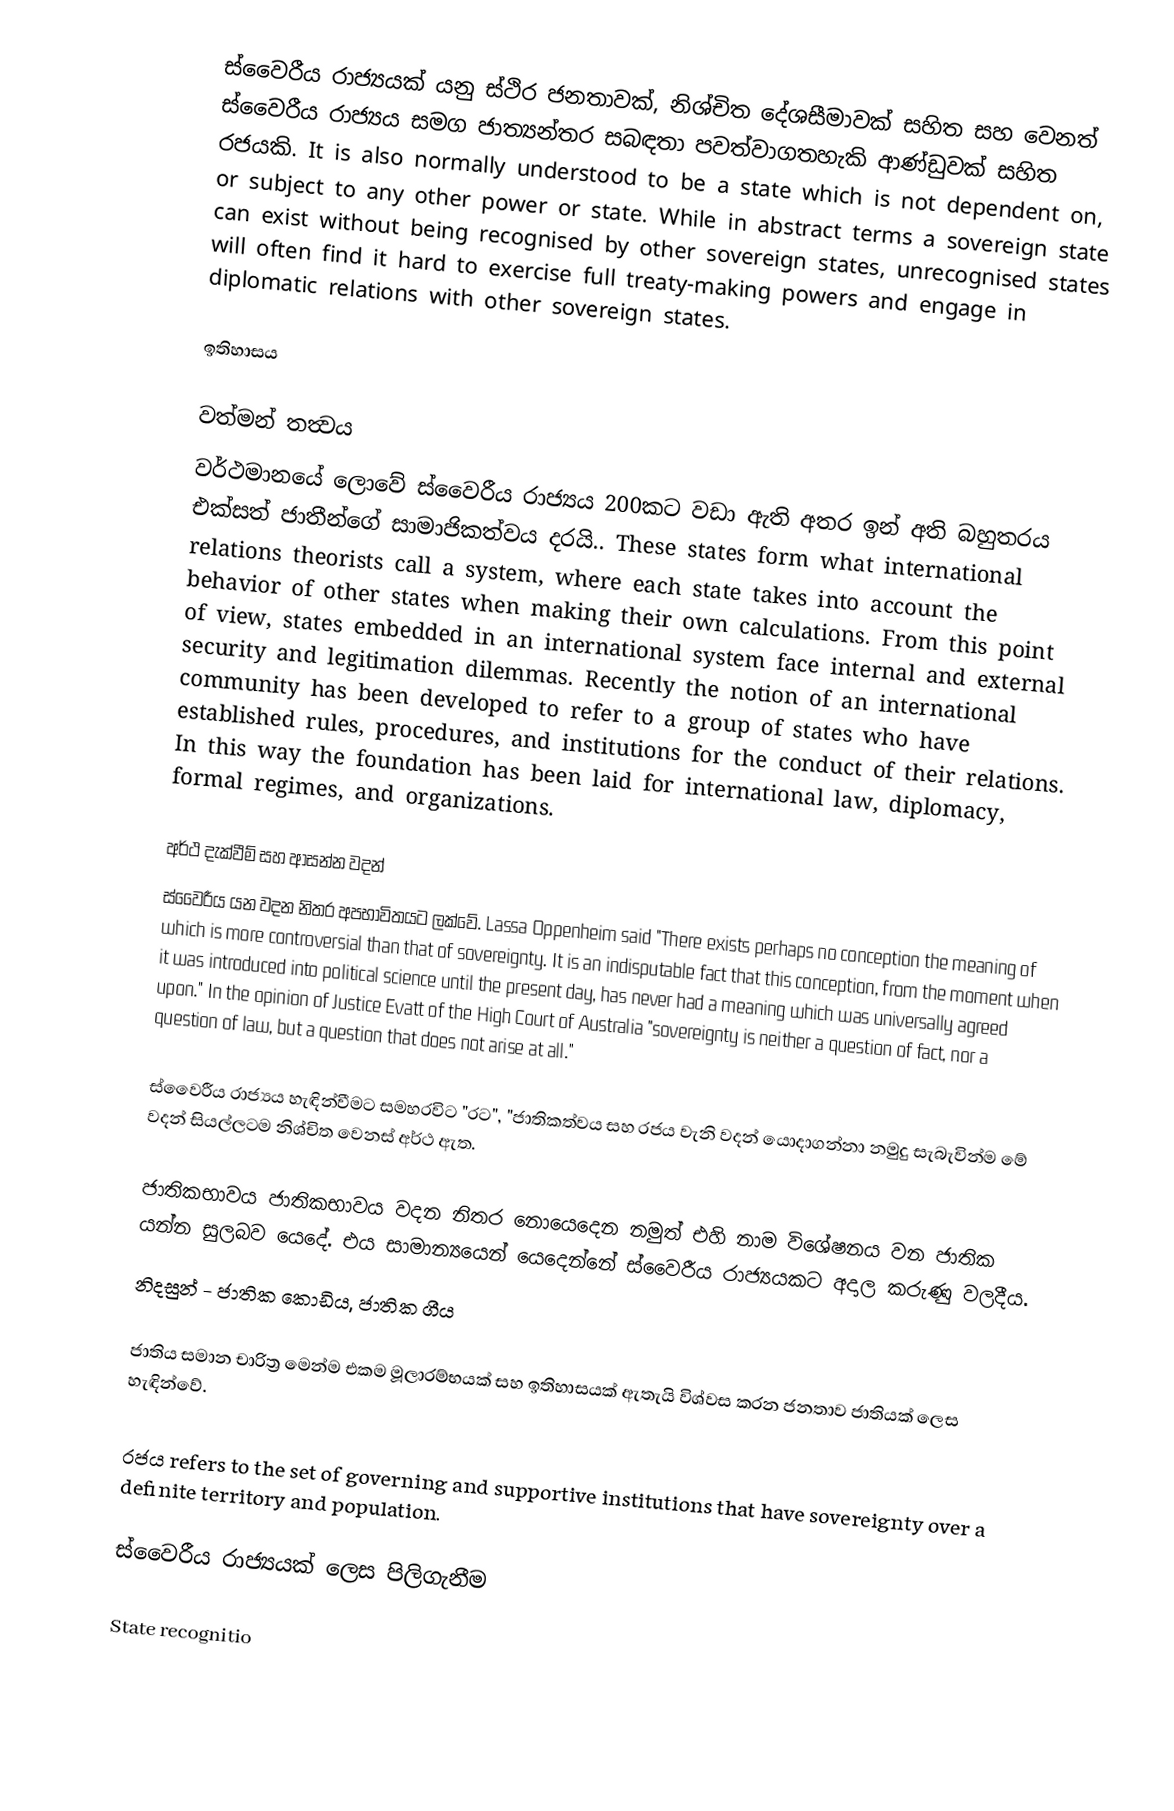
ස්වෛරීය රාජ්‍යයක් යනු ස්ථිර ජනතාවක්, නිශ්චිත ‍දේශසීමාවක් සහිත සහ වෙනත් ස්වෛරීය රාජ්‍යය සමග ජාත්‍යන්තර සබඳතා පවත්වාගතහැකි ආණ්ඩුවක් සහිත රජයකි.  It is also normally understood to be a state which is not dependent on, or subject to any other power or state. While in abstract terms a sovereign state can exist without being recognised by other sovereign states, unrecognised states will often find it hard to exercise full treaty-making powers and engage in diplomatic relations with other sovereign states.

ඉතිහාසය

වත්මන් තත්‍වය
වර්ථමානයේ ලොවේ ස්වෛරීය රාජ්‍යය 200කට වඩා ඇති අතර ඉන් අති බහුතරය එක්සත් ජාතීන්ගේ සාමාජිකත්වය දරයි.. These states form what international relations theorists call a system, where each state takes into account the behavior of other states when making their own calculations. From this point of view, states embedded in an international system face internal and external security and legitimation dilemmas. Recently the notion of an international community has been developed to refer to a group of states who have established rules, procedures, and institutions for the conduct of their relations. In this way the foundation has been laid for international law, diplomacy, formal regimes, and organizations.

අර්ථ දැක්වීම් සහ ආසන්න වදන්
ස්වෛරීය යන වදන නිතර අපභාවිතයට ලක්වේ. Lassa Oppenheim said "There exists perhaps no conception the meaning of which is more controversial than that of sovereignty. It is an indisputable fact that this conception, from the moment when it was introduced into political science until the present day, has never had a meaning which was universally agreed upon." In the opinion of Justice Evatt of the High Court of Australia "sovereignty is neither a question of fact, nor a question of law, but a question that does not arise at all."

ස්වෛරීය රාජ්‍යය හැඳින්වීමට සමහරවි‍ට "රට", "ජාතිකත්වය සහ රජය වැනි වදන් යොදාගන්නා නමුදු සැබැවින්ම මේ වදන් සියල්ලටම නිශ්චිත වෙනස් අර්ථ ඇත.

 ජාතිකභාවය ජාතිකභාවය වදන නිතර නොයෙදෙන නමුත් එහි නාම විශේෂනය වන ජාතික යන්න සුලබව යෙදේ.  එය සාමාන්‍යයෙන් යෙදෙන්නේ ස්වෛරීය රාජ්‍යයකට අදාල කරුණු වලදීය.
 නිදසුන් - ජාතික කොඩිය, ජාතික ගීය

 ජාතිය සමාන චාරිත්‍ර මෙන්ම  එකම මූලාරම්භයක් සහ ඉතිහාසයක් ඇතැයි විශ්වස කරන ජනතාව ජාතියක් ලෙස හැඳින්වේ.

 රජය refers to the set of governing and supportive institutions that have sovereignty over a definite territory and population.

ස්වෛරීය රාජ්‍යයක් ලෙස පිලිගැනීම

State recognitio